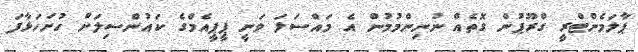
ޕާލަމެންޓްރީ ގްރޫޕުން ގޮތެއް ނުނިންމުމުން އެ މައްސަލަ ވަނީ ޕީޕީއެމްގެ ކައުންސިލަށް ހުށަހަޅާފަ